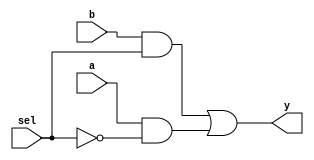
`timescale 1ns / 1ps
//////////////////////////////////////////////////////////////////////////////////
// Company: 
// Engineer: 
// 
// Design Name: 
// Module Name: My_Multiplexor02
// Project Name: 
// Target Devices: 
// Tool Versions: 
// Description: 
// 
// Dependencies: 
// 
// Revision:
// Revision 0.01 - File Created
// Additional Comments:
// 
//////////////////////////////////////////////////////////////////////////////////


module My_Multiplexor02(
    input a,
    input b,
    input sel,
    output y
    );
assign y = (b&sel) | (a&~sel);    

endmodule